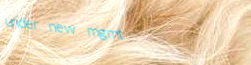
under new mgmt